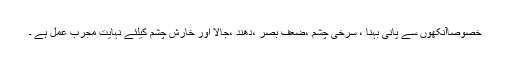
خصوصاًآنکھوں سے پانی بہنا ، سرخی چشم ،ضعف بصر ،دھند ،جالا اور خارش چشم کیلئے نہایت مجرب عمل ہے ۔